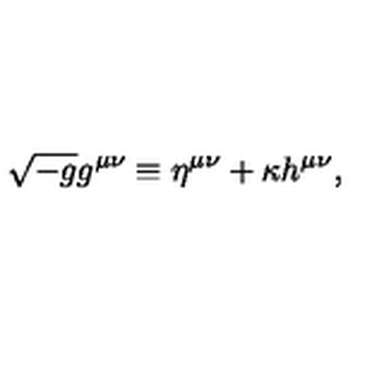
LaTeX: \sqrt { - g } g ^ { \mu \nu } \equiv \eta ^ { \mu \nu } + \kappa h ^ { \mu \nu } ,